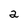
Character: a